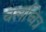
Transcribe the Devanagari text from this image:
चलच्चित्र